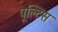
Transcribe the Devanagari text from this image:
पूल्टिस